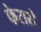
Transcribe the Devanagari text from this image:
फेरारो